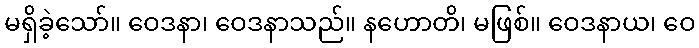
မရှိခဲ့သော်။ ဝေဒနာ၊ ဝေဒနာသည်။ နဟောတိ၊ မဖြစ်။ ဝေဒနာယ၊ ဝေ